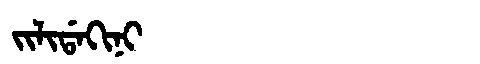
Manchu: ᠵᡳᠯᡳᡩᠠᡴᡳᠨᡳ
Romanization: JILIDAKINI